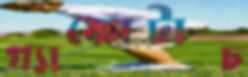
গ্যাকোটাচ